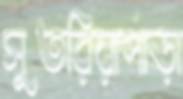
সুতরিয়াপাড়া